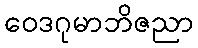
ဝေဒဂုမာဘိဇညာ